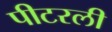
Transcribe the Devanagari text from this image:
पीटरली